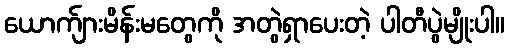
ယောက်ျားမိန်းမတွေကို အတွဲရှာပေးတဲ့ ပါတီပွဲမျိုးပါ။